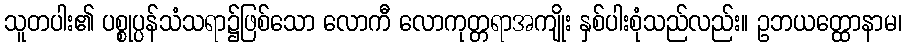
သူတပါး၏ ပစ္စုပ္ပန်သံသရာ၌ဖြစ်သော လောကီ လောကုတ္တရာအကျိုး နှစ်ပါးစုံသည်လည်း။ ဥဘယတ္ထောနာမ၊